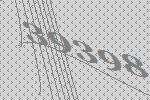
39398